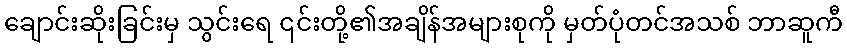
ချောင်းဆိုးခြင်းမှ သွင်းရေ ၎င်းတို့၏အချိန်အများစုကို မှတ်ပုံတင်အသစ် ဘာဆူကီ